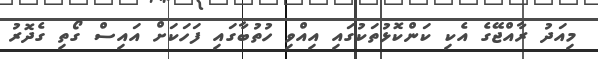
މިއަދު ރާއްޖޭގެ އެކި ކަންކޮޅުތަކުގައި އިއްވި ހުތުބާގައި ފަހަކަށް އައިސް ގޯތި ގެދޮރު